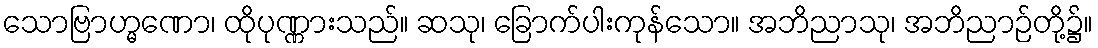
သောဗြာဟ္မဏော၊ ထိုပုဏ္ဏားသည်။ ဆသု၊ ခြောက်ပါးကုန်သော။ အဘိညာသု၊ အဘိညာဉ်တို့၌။